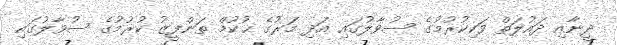
ދީނާއި ދައުލަތް ވަކިކުރުމުގެ ސުވާލުގައި އަދި މަރުގެ ޙުކުމް ތަންފީޒު ކުރުމުގެ ސުވާލުގައި